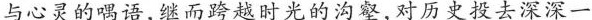
与心灵的喁语，继而跨越时光的沟壑，对历史投去深深一